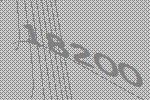
18200